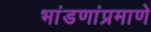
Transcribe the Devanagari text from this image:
भांडणांप्रमाणे